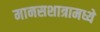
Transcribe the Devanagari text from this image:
मानसशात्रामध्ये